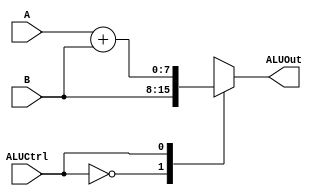
`timescale 1ns / 1ps
//////////////////////////////////////////////////////////////////////////////////
// Company: 
// Engineer: 
// 
// Design Name: 
// Module Name:    ALU 
// Project Name: 
// Target Devices: 
// Tool versions: 
// Description: 
//
// Dependencies: 
//
// Revision: 
// Revision 0.01 - File Created
// Additional Comments: 
//
//////////////////////////////////////////////////////////////////////////////////
module ALU(
    input [7:0] A,
    input [7:0] B,
    input ALUCtrl,
    output reg [7:0] ALUOut
    );

always@(*)
begin
	case(ALUCtrl)
		1'b0: ALUOut = B;
		1'b1: ALUOut = A+B;
		default: ALUOut = 8'h00;
	endcase
end

endmodule